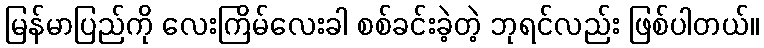
မြန်မာပြည်ကို လေးကြိမ်လေးခါ စစ်ခင်းခဲ့တဲ့ ဘုရင်လည်း ဖြစ်ပါတယ်။